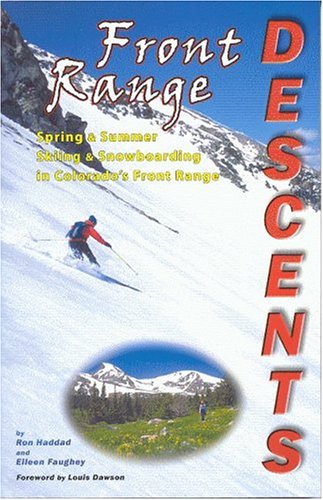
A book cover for Front Range Descents: Spring and Summer Skiing and Snowboarding In Colorado's Front Range; Ron Haddad; Sports & Outdoors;